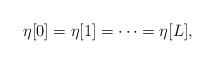
LaTeX: \begin{align*}\eta[0]=\eta[1]=\cdots=\eta[L],\end{align*}